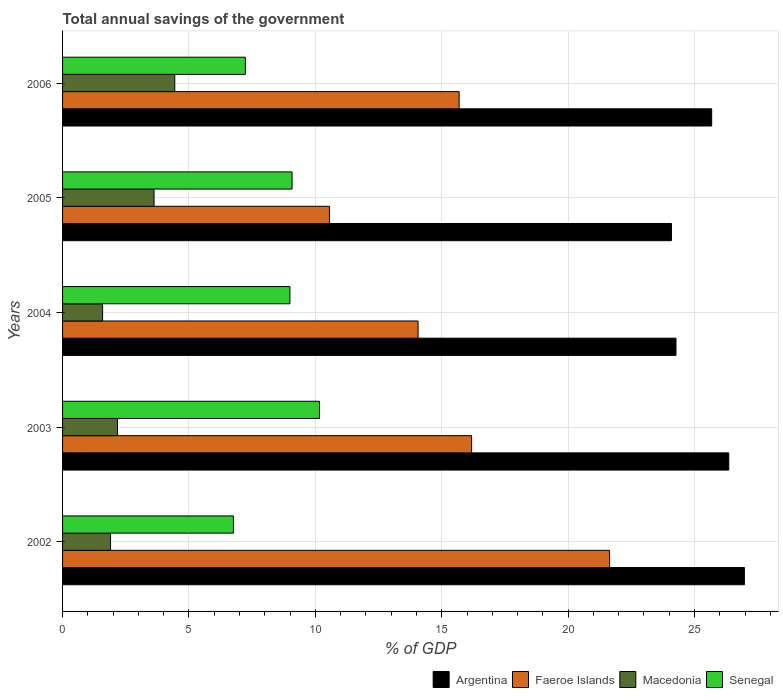
| Years | Argentina | Faeroe Islands | Macedonia | Senegal |
 | --- | --- | --- | --- | --- |
 | 2002 | 27 | 21.6 | 1.9 | 6.76 |
 | 2003 | 26.4 | 16.2 | 2.17 | 10.2 |
 | 2004 | 24.3 | 14.1 | 1.58 | 8.99 |
 | 2005 | 24.1 | 10.6 | 3.62 | 9.08 |
 | 2006 | 25.7 | 15.7 | 4.44 | 7.23 |